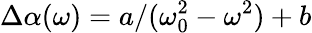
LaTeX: \Delta\alpha(\omega)=a/(\omega_{0}^{2}-\omega^{2})+b